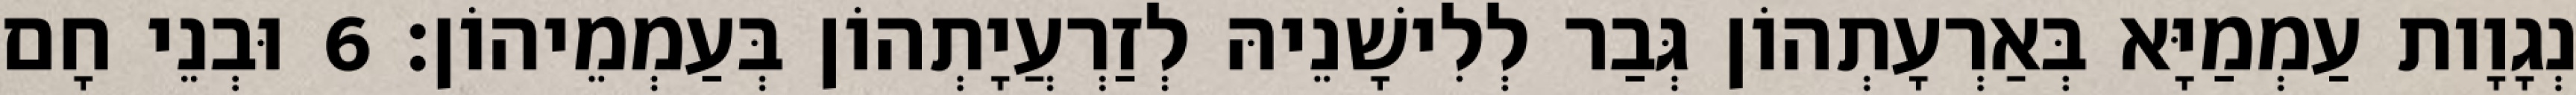
נְגָוָות עַמְמַיָּא בְּאַרְעָתְהוֹן גְּבַר לְלִישָׁנֵיהּ לְזַרְעֲיָתְהוֹן בְּעַמְמֵיהוֹן׃ 6 וּבְנֵי חָם